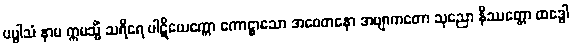
ပပ္ဖါသံ နာမ ဣမသ္မိံ သရီရေ ပါဋိယေက္ကော ကောဋ္ဌာသော အစေတနော အဗျာကတော သုညော နိဿတ္တော ထဒ္ဓေါ